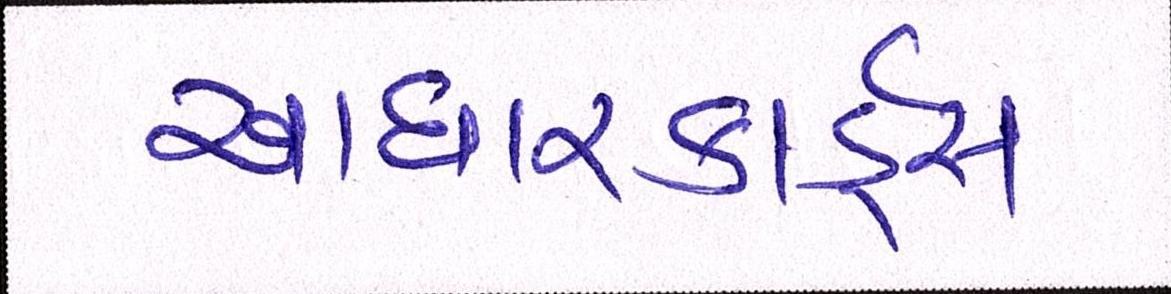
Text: આધારકાર્ડ્સ